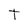
Character: T